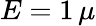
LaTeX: E=1\, \mu